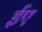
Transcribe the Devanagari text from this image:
ईए